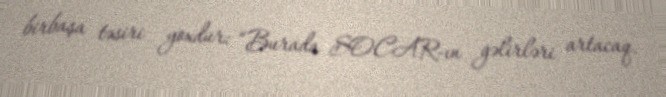
birbaşa təsiri yoxdur: “Burada SOCAR-ın gəlirləri artacaq.